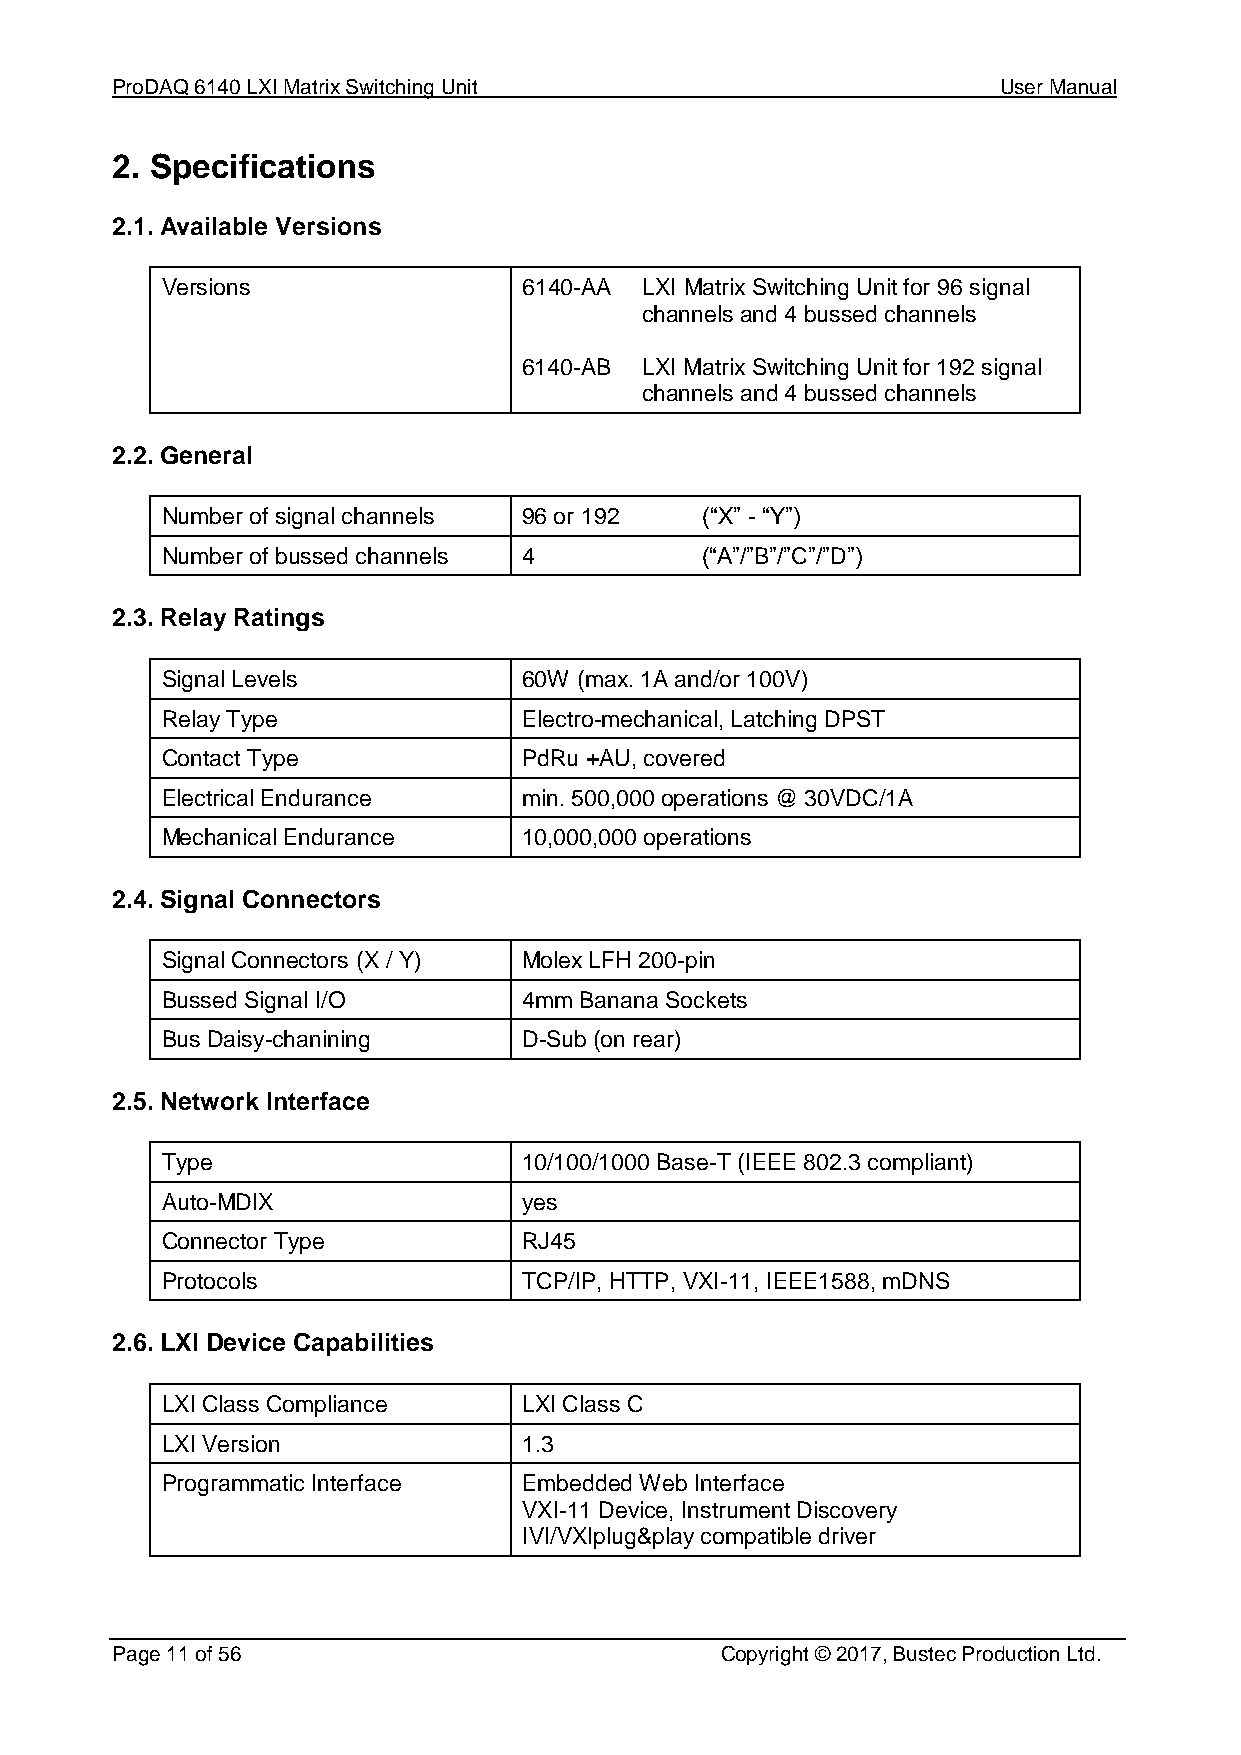
ProDAQ 6140 LXI Matrix Switching Unit                      User Manual
 2. Specifications
 2.1. Available Versions
 Versions                6140-AA LXI Matrix Switching Unit for 96 signal
 channels and 4 bussed channels
 6140-AB LXI Matrix Switching Unit for 192 signal
 channels and 4 bussed channels
 2.2. General
 Number of signal channels 96 or 192 (“X” - “Y”)
 Number of bussed channels 4        (“A”/”B”/”C”/”D”)
 2.3. Relay Ratings
 Signal Levels           60W (max. 1A and/or 100V)
 Relay Type              Electro-mechanical, Latching DPST
 Contact Type            PdRu +AU, covered
 Electrical Endurance    min. 500,000 operations @ 30VDC/1A
 Mechanical Endurance    10,000,000 operations
 2.4. Signal Connectors
 Signal Connectors (X / Y) Molex LFH 200-pin
 Bussed Signal I/O       4mm Banana Sockets
 Bus Daisy-chanining     D-Sub (on rear)
 2.5. Network Interface
 Type                    10/100/1000 Base-T (IEEE 802.3 compliant)
 Auto-MDIX               yes
 Connector Type          RJ45
 Protocols               TCP/IP, HTTP, VXI-11, IEEE1588, mDNS
 2.6. LXI Device Capabilities
 LXI Class Compliance    LXI Class C
 LXI Version             1.3
 Programmatic Interface  Embedded Web Interface
 VXI-11 Device, Instrument Discovery
 IVI/VXIplug&play compatible driver
 Page 11 of 56                            Copyright © 2017, Bustec Production Ltd.